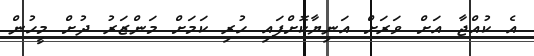
އެ ކުއްޖާ އަށް ވަރަށް އަނިޔާކޮށްފައި ހުރި ކަމަށް މަންޒަރު ދުށް މީހުން